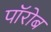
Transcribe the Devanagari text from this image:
पॉरोब